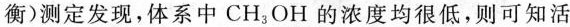
衡)测定发现，体系中CH_{3}OH的浓度均很低，则可知活